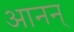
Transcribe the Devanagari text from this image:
आनन्